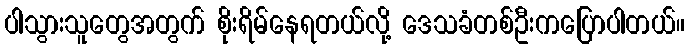
ပါသွားသူတွေအတွက် စိုးရိမ်နေရတယ်လို့ ဒေသခံတစ်ဦးကပြောပါတယ်။